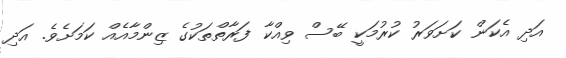
އަދި އެކަން ކަށަވަރު ކުރުމަކީ ބޭސް ވިއްކާ ފަރާތްތަކުގެ ޒިންމާއެއް ކަމަށެވެ. އަދި